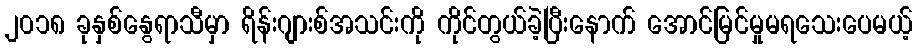
၂၀၁၈ ခုနှစ်နွေရာသီမှာ ရိန်းဂျားစ်အသင်းကို ကိုင်တွယ်ခဲ့ပြီးနောက် အောင်မြင်မှုမရသေးပေမယ့်